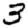
Digit: 3